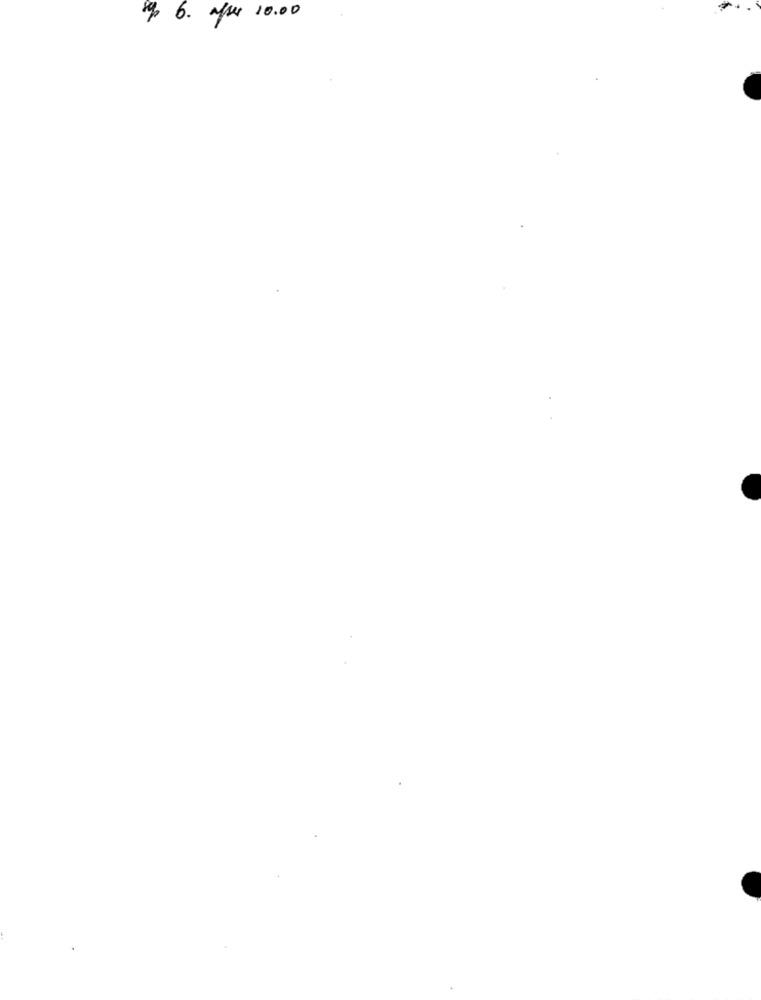
/ 6. afser 10.00